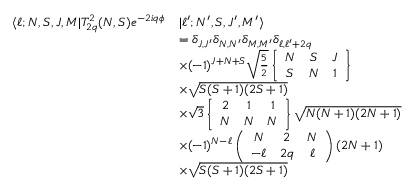
\begin{array} { r l } { \langle \ell ; N , S , J , M | T _ { 2 q } ^ { 2 } ( N , S ) e ^ { - 2 i q \phi } } & { | \ell ^ { \prime } ; N ^ { \prime } , S , J ^ { \prime } , M ^ { \prime } \rangle } \\ & { = \delta _ { J , J ^ { \prime } } \delta _ { N , N ^ { \prime } } \delta _ { M , M ^ { \prime } } \delta _ { \ell , \ell ^ { \prime } + 2 q } } \\ & { \times ( - 1 ) ^ { J + N + S } \sqrt { \frac { 5 } { 2 } } \left\{ \begin{array} { c c c } { N } & { S } & { J } \\ { S } & { N } & { 1 } \end{array} \right\} } \\ & { \times \sqrt { S ( S + 1 ) ( 2 S + 1 ) } } \\ & { \times \sqrt { 3 } \left\{ \begin{array} { c c c } { 2 } & { 1 } & { 1 } \\ { N } & { N } & { N } \end{array} \right\} \sqrt { N ( N + 1 ) ( 2 N + 1 ) } } \\ & { \times ( - 1 ) ^ { N - \ell } \left( \begin{array} { c c c } { N } & { 2 } & { N } \\ { - \ell } & { 2 q } & { \ell } \end{array} \right) ( 2 N + 1 ) } \\ & { \times \sqrt { S ( S + 1 ) ( 2 S + 1 ) } } \end{array}